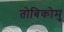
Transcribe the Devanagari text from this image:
तोबिकोमु